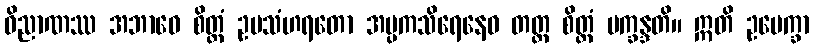
ဝိညာဏဿ အဘာဝေ စိတ္တံ ဥပသံဟရတော အပ္ပကသိရေနေဝ တတ္ထ စိတ္တံ ပက္ခန္ဒတိ။ ဣတိ ဥပေက္ခာ